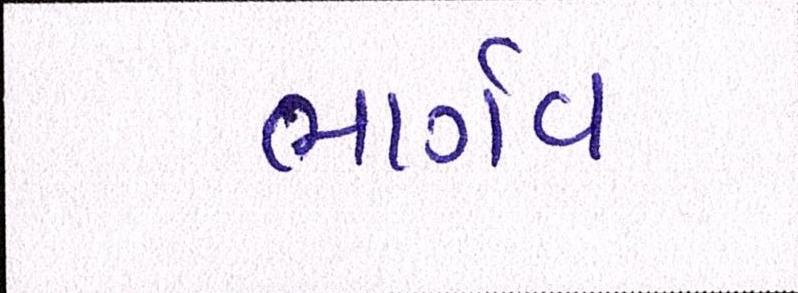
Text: ભાર્ગવ